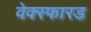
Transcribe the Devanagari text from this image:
वेक्स्फारड